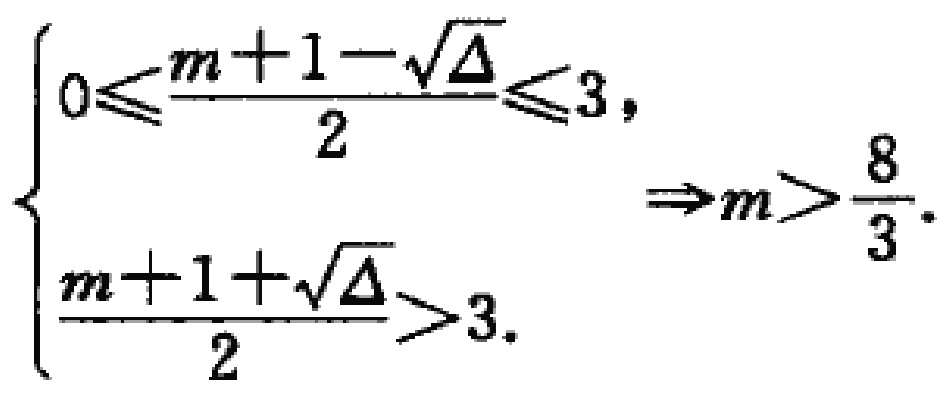
$\left\{\begin{array}{l}0\leqslant \frac{m + 1 - \sqrt{\Delta}}{2}\leqslant 3,\\\frac{m + 1 + \sqrt{\Delta}}{2}>3.\end{array}\right.\Rightarrow m>\frac{8}{3}.$